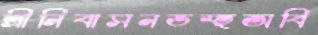
শ্রীনিবাসনভস্হঅবি